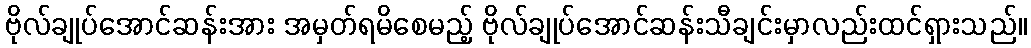
ဗိုလ်ချုပ်အောင်ဆန်းအား အမှတ်ရမိစေမည့် ဗိုလ်ချုပ်အောင်ဆန်းသီချင်းမှာလည်းထင်ရှားသည်။